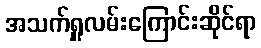
အသက်ရှူလမ်းကြောင်းဆိုင်ရာ